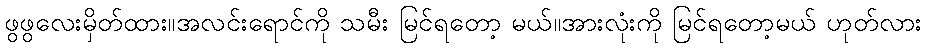
ဖွဖွလေးမှိတ်ထား။အလင်းရောင်ကို သမီး မြင်ရတော့ မယ်။အားလုံးကို မြင်ရတော့မယ် ဟုတ်လား